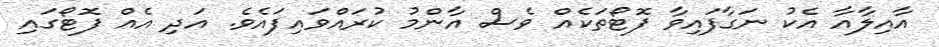
އާއިލާއާ އެކު ނަގާފައިވާ ފޮޓޯތަކެއް ވެސް އާންމު ކުރައްވައިފައެވެ. އަދި އެއް ފޮޓޯގައި